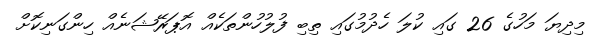
މިދިޔަ މަހުގެ 26 ގައި ކުލަ ހެދުމުގައި ތިބި ފުލުހުންތަކެއް އޮޕަރޭޝަނެއް ހިންގަނިކޮށް